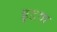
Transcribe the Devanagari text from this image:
इडण